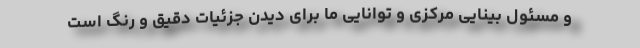
و مسئول بینایی مرکزی و توانایی ما برای دیدن جزئیات دقیق و رنگ است